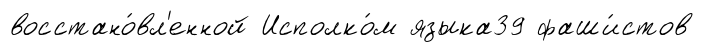
восстано́вл'енной Исполко́м языка39 фаши́стов